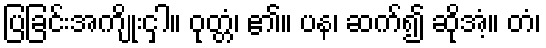
ပြခြင်းအကျိုးငှါ။ ဝုတ္တံ၊ ၏။ ပန၊ ဆက်၍ ဆိုအံ့။ တံ၊